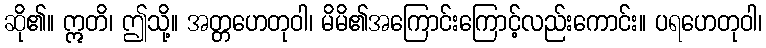
ဆို၏။ ဣတိ၊ ဤသို့။ အတ္တဟေတုဝါ၊ မိမိ၏အကြောင်းကြောင့်လည်းကောင်း။ ပရဟေတုဝါ၊